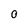
Character: O